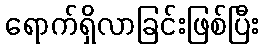
ရောက်ရှိလာခြင်းဖြစ်ပြီး